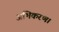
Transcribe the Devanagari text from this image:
अभिकरण।